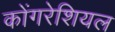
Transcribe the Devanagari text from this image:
कोंगरेशियल